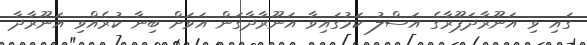
ގައި ވި އަނޫރާދަޕޫރާގެ އަސްލު ކަމުގައިވާ އަނޫރާދާގަން އަވަށް ބިނާ ކުރެއްވި އަނޫރާދާ